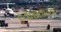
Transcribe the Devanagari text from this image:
व्यासकन्या